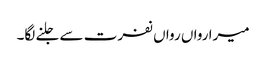
میرا رواں رواں نفرت سے جلنے لگا۔